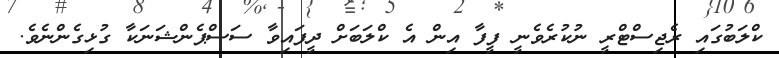
ކްލަބުގައި ރެޖިސްޓްރީ ނުކުރެވެނީ ފީފާ އިން އެ ކްލަބަށް ދީފައިވާ ސަސްޕެންޝަނަކާ ގުޅިގެންނެވެ.